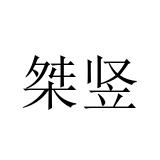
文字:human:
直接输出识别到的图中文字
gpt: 桀竖